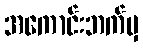
အကောင်းဘက်မှ